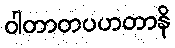
ဝါတာတပဟတာနိ